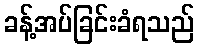
ခန့်အပ်ခြင်းခံရသည်